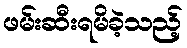
ဖမ်းဆီးရမိခဲ့သည့်